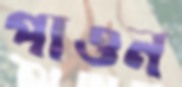
পাওন